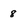
Character: 8